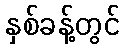
နှစ်ခန့်တွင်